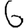
Digit: 6